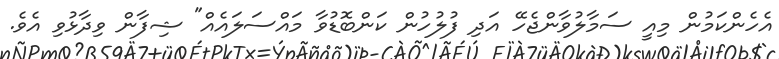
އެހެންކަމުން މިއީ ސަމާލުވާންޖެހޭ އަދި ފުލުހުން ކަންބޮޑުވާ މައްސަލައެއް" ޝިފާން ވިދާޅުވި އެވެ.